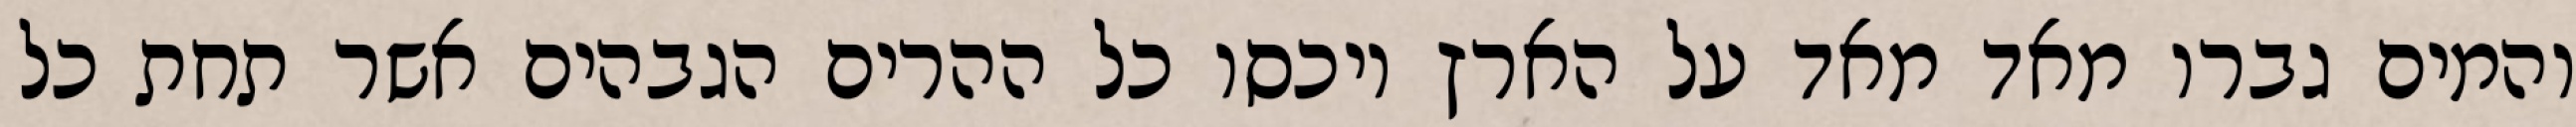
והמים גברו מאד מאד על הארץ ויכסו כל ההרים הגבהים אשר תחת כל